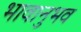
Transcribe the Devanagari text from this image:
भावानुभव